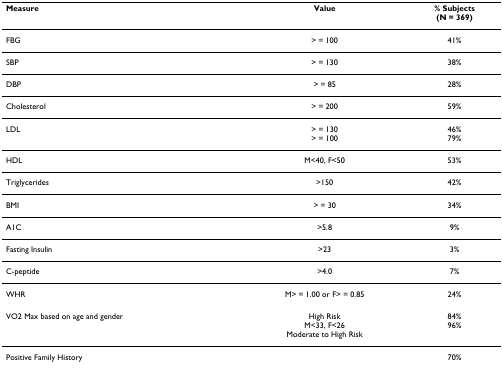
<table><thead><tr><td><b>Measure</b></td><td><b>Value</b></td><td><b>% Subjects(N = 369)</b></td></tr></thead><tbody><tr><td>FBG</td><td>&gt; = 100</td><td>41%</td></tr><tr><td>SBP</td><td>&gt; = 130</td><td>38%</td></tr><tr><td>DBP</td><td>&gt; = 85</td><td>28%</td></tr><tr><td>Cholesterol</td><td>&gt; = 200</td><td>59%</td></tr><tr><td>LDL</td><td>&gt; = 130&gt; = 100</td><td>46%79%</td></tr><tr><td>HDL</td><td>M&lt;40, F&lt;50</td><td>53%</td></tr><tr><td>Triglycerides</td><td>&gt;150</td><td>42%</td></tr><tr><td>BMI</td><td>&gt; = 30</td><td>34%</td></tr><tr><td>A1C</td><td>&gt;5.8</td><td>9%</td></tr><tr><td>Fasting Insulin</td><td>&gt;23</td><td>3%</td></tr><tr><td>C-peptide</td><td>&gt;4.0</td><td>7%</td></tr><tr><td>WHR</td><td>M&gt; = 1.00 or F&gt; = 0.85</td><td>24%</td></tr><tr><td>VO2 Max based on age and gender</td><td>High RiskM&lt;33, F&lt;26Moderate to High Risk</td><td>84%96%</td></tr><tr><td>Positive Family History</td><td></td><td>70%</td></tr></tbody></table>